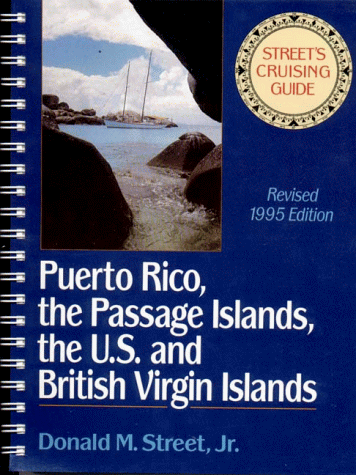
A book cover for Street's Cruising Guide to the Eastern Caribbean: Puerto Rico, the Passage Islands, the U.S. and the British Virgin Islands (Street's Cruising Guide); Donald M. Street; Travel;